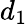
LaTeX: d_{1}